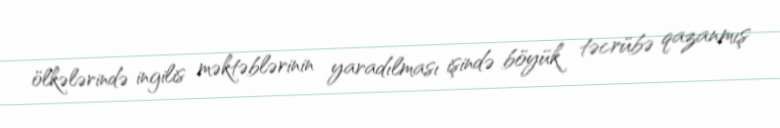
ölkələrində ingilis məktəblərinin yaradılması işində böyük təcrübə qazanmış